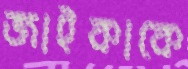
জাইকাকে